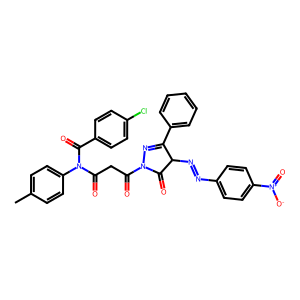
SMILES: Cc1ccc(N(C(=O)CC(=O)N2N=C(c3ccccc3)C(N=Nc3ccc([N+](=O)[O-])cc3)C2=O)C(=O)c2ccc(Cl)cc2)cc1
Inhibits HIV replication: No